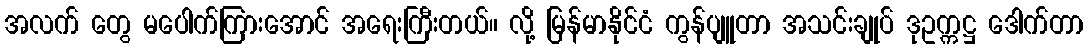
အလက် တွေ မပေါက်ကြားအောင် အရေးကြီးတယ်။ လို့ မြန်မာနိုင်ငံ ကွန်ပျူတာ အသင်းချုပ် ဒုဥက္ကဋ္ဌ ဒေါက်တာ